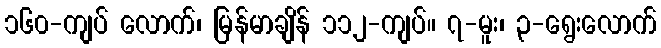
၁၆၀-ကျပ် လောက်၊ မြန်မာချိန် ၁၁၂-ကျပ်။ ၇-မူး၊ ၃-ရွေးလောက်